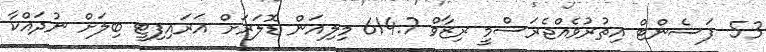
53 ޕަސެންޓް އިތުރުވެއްޖެރަސްމީ ރިޒާވް 614.7 މިލިއަން ޑޮލަރަށް އަރައިފިޓީ ބިލަށް ނުދައްކާ